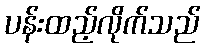
ပန်းထည့်လိုက်သည်